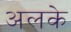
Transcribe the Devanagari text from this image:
अलके